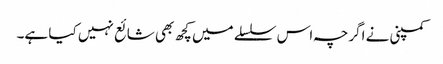
کمپنی نے اگرچہ اس سلسلے میں کچھ بھی شائع نہیں کیا ہے۔